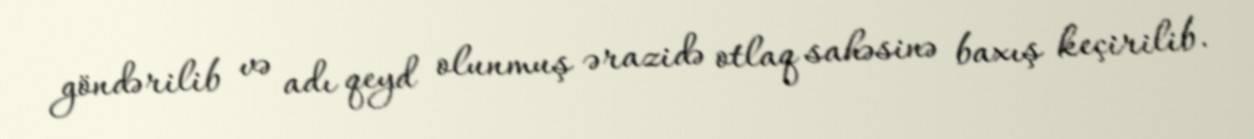
göndərilib və adı qeyd olunmuş ərazidə otlaq sahəsinə baxış keçirilib.